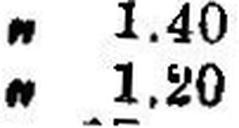
„ 1.20